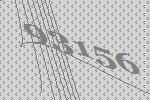
93156